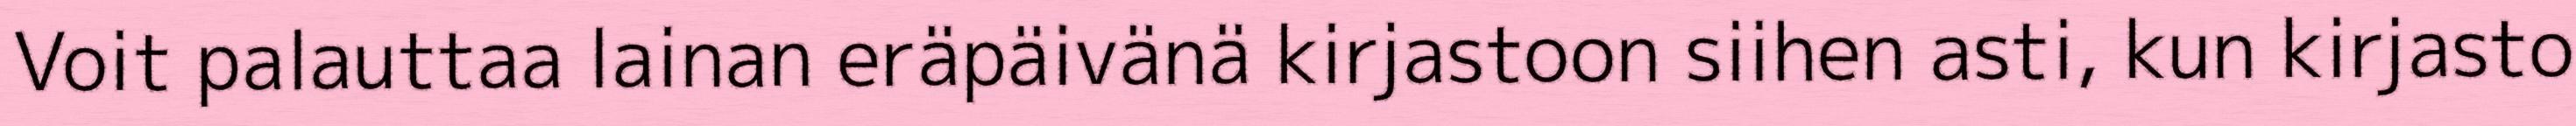
Voit palauttaa lainan eräpäivänä kirjastoon siihen asti, kun kirjasto